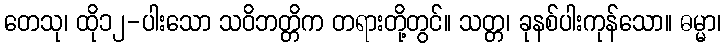
တေသု၊ ထို၁၂-ပါးသော သဝိဘတ္တိက တရားတို့တွင်။ သတ္တ၊ ခုနစ်ပါးကုန်သော။ ဓမ္မာ၊